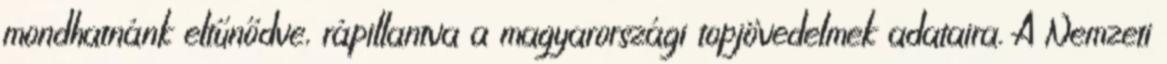
mondhatnánk eltűnődve, rápillantva a magyarországi topjövedelmek adataira. A Nemzeti